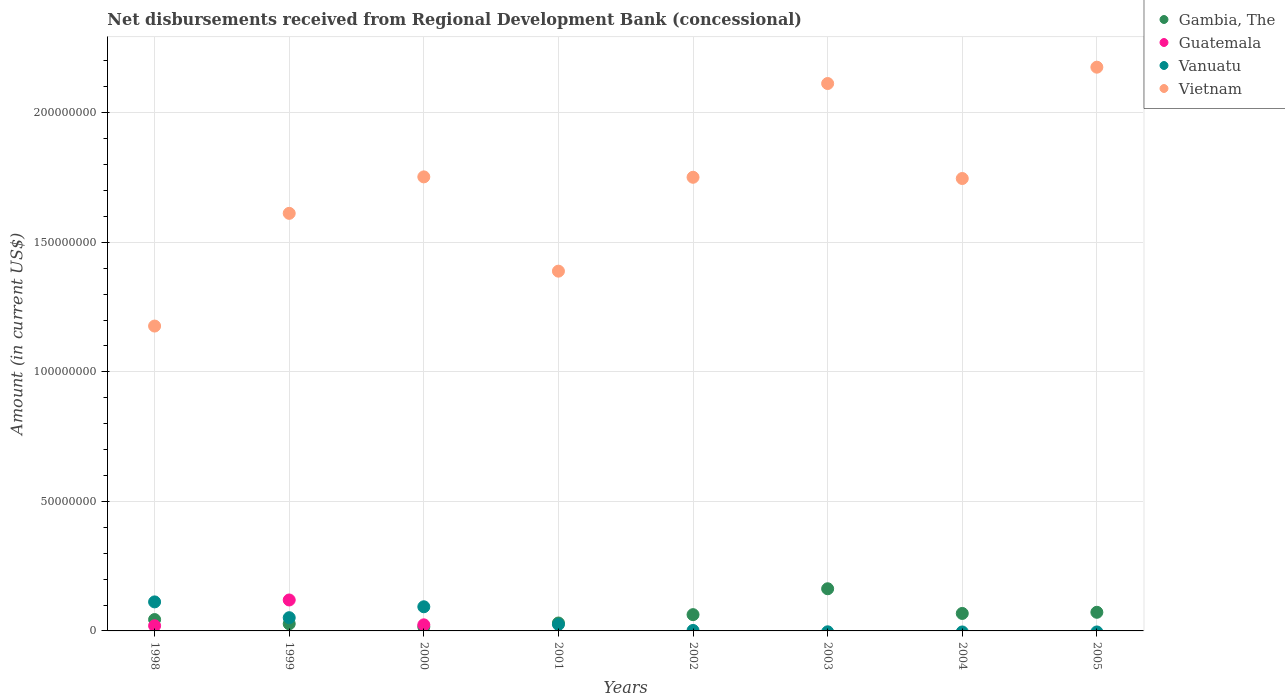
| Years | Gambia, The | Guatemala | Vanuatu | Vietnam |
 | --- | --- | --- | --- | --- |
 | 1998 | 4.39e+06 | 1.99e+06 | 1.12e+07 | 1.18e+08 |
 | 1999 | 2.75e+06 | 1.19e+07 | 5.10e+06 | 1.61e+08 |
 | 2000 | 1.57e+06 | 2.35e+06 | 9.32e+06 | 1.75e+08 |
 | 2001 | 3.06e+06 | -3.56e+06 | 2.52e+06 | 1.39e+08 |
 | 2002 | 6.28e+06 | -6.93e+06 | 1.81e+05 | 1.75e+08 |
 | 2003 | 1.63e+07 | -1.52e+07 | -3.44e+05 | 2.11e+08 |
 | 2004 | 6.75e+06 | -1.87e+07 | -4.01e+05 | 1.75e+08 |
 | 2005 | 7.19e+06 | -1.79e+07 | -3.98e+05 | 2.18e+08 |